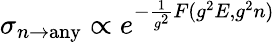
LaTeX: \sigma_{n\to\mathrm{any}}\propto e^{-{\frac{1}{g^{2}}}F(g^{2}E,g^{2}n)}